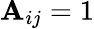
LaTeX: \mathbf{A}_{ij}=1